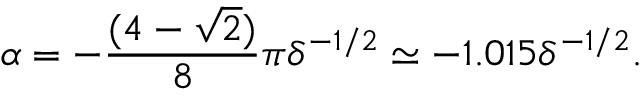
\alpha = - \frac { ( 4 - \sqrt { 2 } ) } { 8 } \pi \delta ^ { - 1 / 2 } \simeq - 1 . 0 1 5 \delta ^ { - 1 / 2 } .